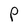
Character: P